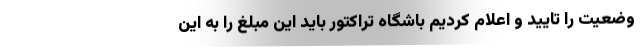
وضعیت را تایید و اعلام کردیم باشگاه تراکتور باید این مبلغ را به این